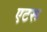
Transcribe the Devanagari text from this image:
एटरू